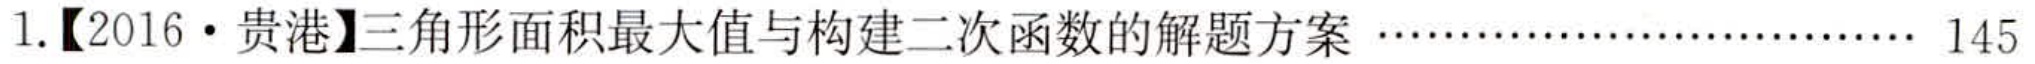
1.【2016·贵港】三角形面积最大值与构建二次函数的解题方案………………………… 145